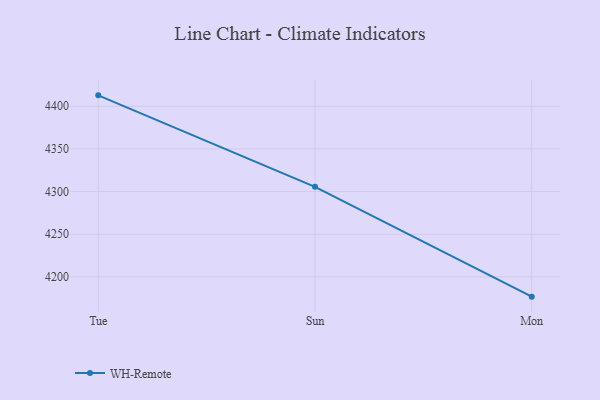
{"axis": {"x": "Day", "y": "Website Visitors"}, "legend": ["WH-Remote"], "data": [{"x": "Tue", "y": 4412.7, "type": "WH-Remote"}, {"x": "Sun", "y": 4305.5, "type": "WH-Remote"}, {"x": "Mon", "y": 4176.8, "type": "WH-Remote"}]}